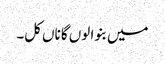
میں بنوا لوں گا ناں کل۔